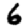
Digit: 6